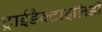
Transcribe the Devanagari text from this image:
ट्राईडैक्टाइलिडी